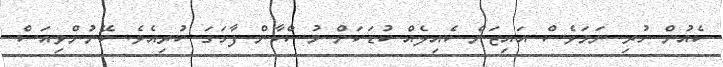
ކެއުން ހުރި ނަމަވެސް އައިޒަން ކެއިލެއް ކުޑަކަން މުސްކާން ފާހަގަ ކުރިއެވެ. ބޭނުންވިއަސް